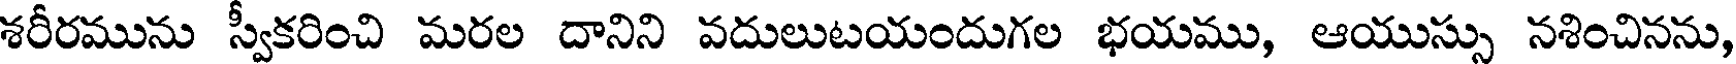
శరీరమును స్వీకరించి మరల దానిని వదులుటయందుగల భయము, ఆయుస్సు నశించినను,